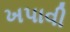
ખપાવી